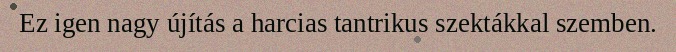
Ez igen nagy újítás a harcias tantrikus szektákkal szemben.